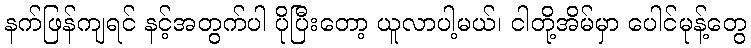
နက်ဖြန်ကျရင် နင့်အတွက်ပါ ပိုပြီးတော့ ယူလာပါ့မယ်၊ ငါတို့အိမ်မှာ ပေါင်မုန့်တွေ